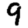
Digit: 9